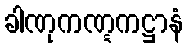
ခါဏုကဏ္ဋကဋ္ဌာနံ